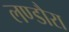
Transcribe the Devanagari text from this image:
लण्डौरा